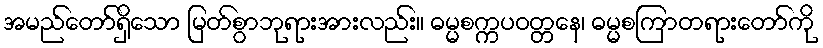
အမည်တော်ရှိသော မြတ်စွာဘုရားအားလည်း။ ဓမ္မစက္ကပဝတ္တနေ၊ ဓမ္မစကြာတရားတော်ကို